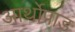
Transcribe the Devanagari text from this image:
आर्थोपाड